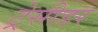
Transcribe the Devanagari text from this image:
ट्रेसीडर